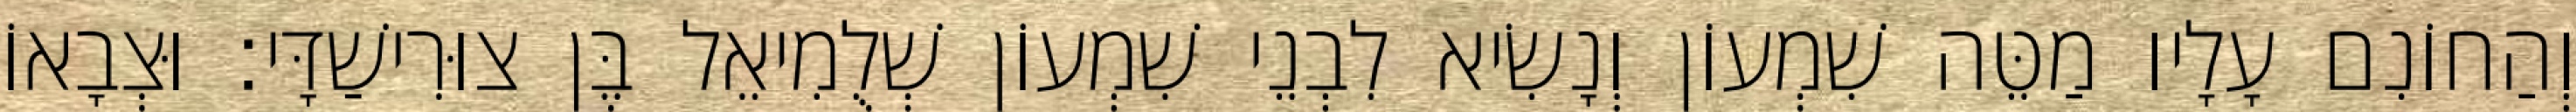
וְהַחוֹנִם עָלָיו מַטֵּה שִׁמְעוֹן וְנָשִׂיא לִבְנֵי שִׁמְעוֹן שְׁלֻמִיאֵל בֶּן צוּרִישַׁדָּי׃ וּצְבָאוֹ